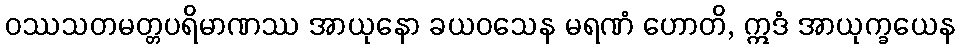
ဝဿသတမတ္တပရိမာဏဿ အာယုနော ခယဝသေန မရဏံ ဟောတိ, ဣဒံ အာယုက္ခယေန